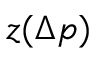
z ( \Delta p )